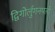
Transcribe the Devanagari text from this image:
द्विगोर्लुगनपत्ये